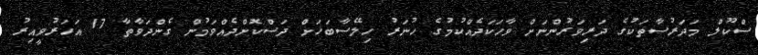
ސްކޫލް މަދަރުސާތަކުގެ ދަރިވަރުންނަށް ވާހަކަދެއްކުމުގެ ހުނަރު ހިލޭސާބަހަށް ދަސްކޮށްދެއްވަމުން ގެންދަވާތާ 17 އަހަރުވީއިރު